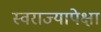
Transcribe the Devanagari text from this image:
स्वराज्यापेक्षा